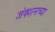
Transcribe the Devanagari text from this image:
जंक्शनच्या